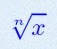
\sqrt[n]{x}